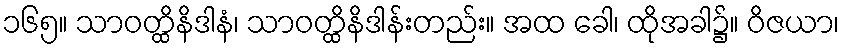
၁၆၅။ သာဝတ္ထိနိဒါနံ၊ သာဝတ္ထိနိဒါန်းတည်း။ အထ ခေါ၊ ထိုအခါ၌။ ဝိဇယာ၊